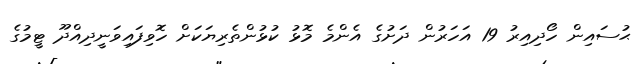
ޙުސައިން ހޯދިއިރު 19 އަހަރުން ދަށުގެ އެންމެ މޮޅު ކުޅުންތެރިޔަކަށް ހޮވިފައިވަނީދިއްދޫ ޓީމުގެ